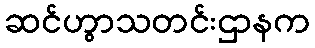
ဆင်ဟွာသတင်းဌာနက